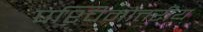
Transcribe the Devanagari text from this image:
पश्चिमोत्तरीय